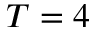
T = 4